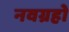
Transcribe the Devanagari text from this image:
नवग्रहो